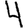
Digit: 4